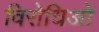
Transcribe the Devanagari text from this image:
विरोधिओं